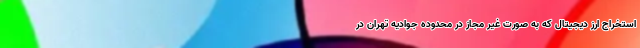
استخراج ارز دیجیتال که به صورت غیر مجاز در محدوده جوادیه تهران در